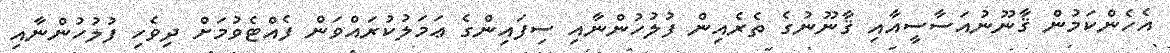
އެހެންކަމުން ޤާނޫނުއަސާސީއާއި ޤާނޫނުގެ ތެރެއިން ފުލުހުންނާއި ސިފައިންގެ ޢަމަލުކުރައްވަން ފެއްޓެވުމަށް ދިވެހި ފުލުހުންނާއި